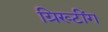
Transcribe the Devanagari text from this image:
ग्रिख्टींग